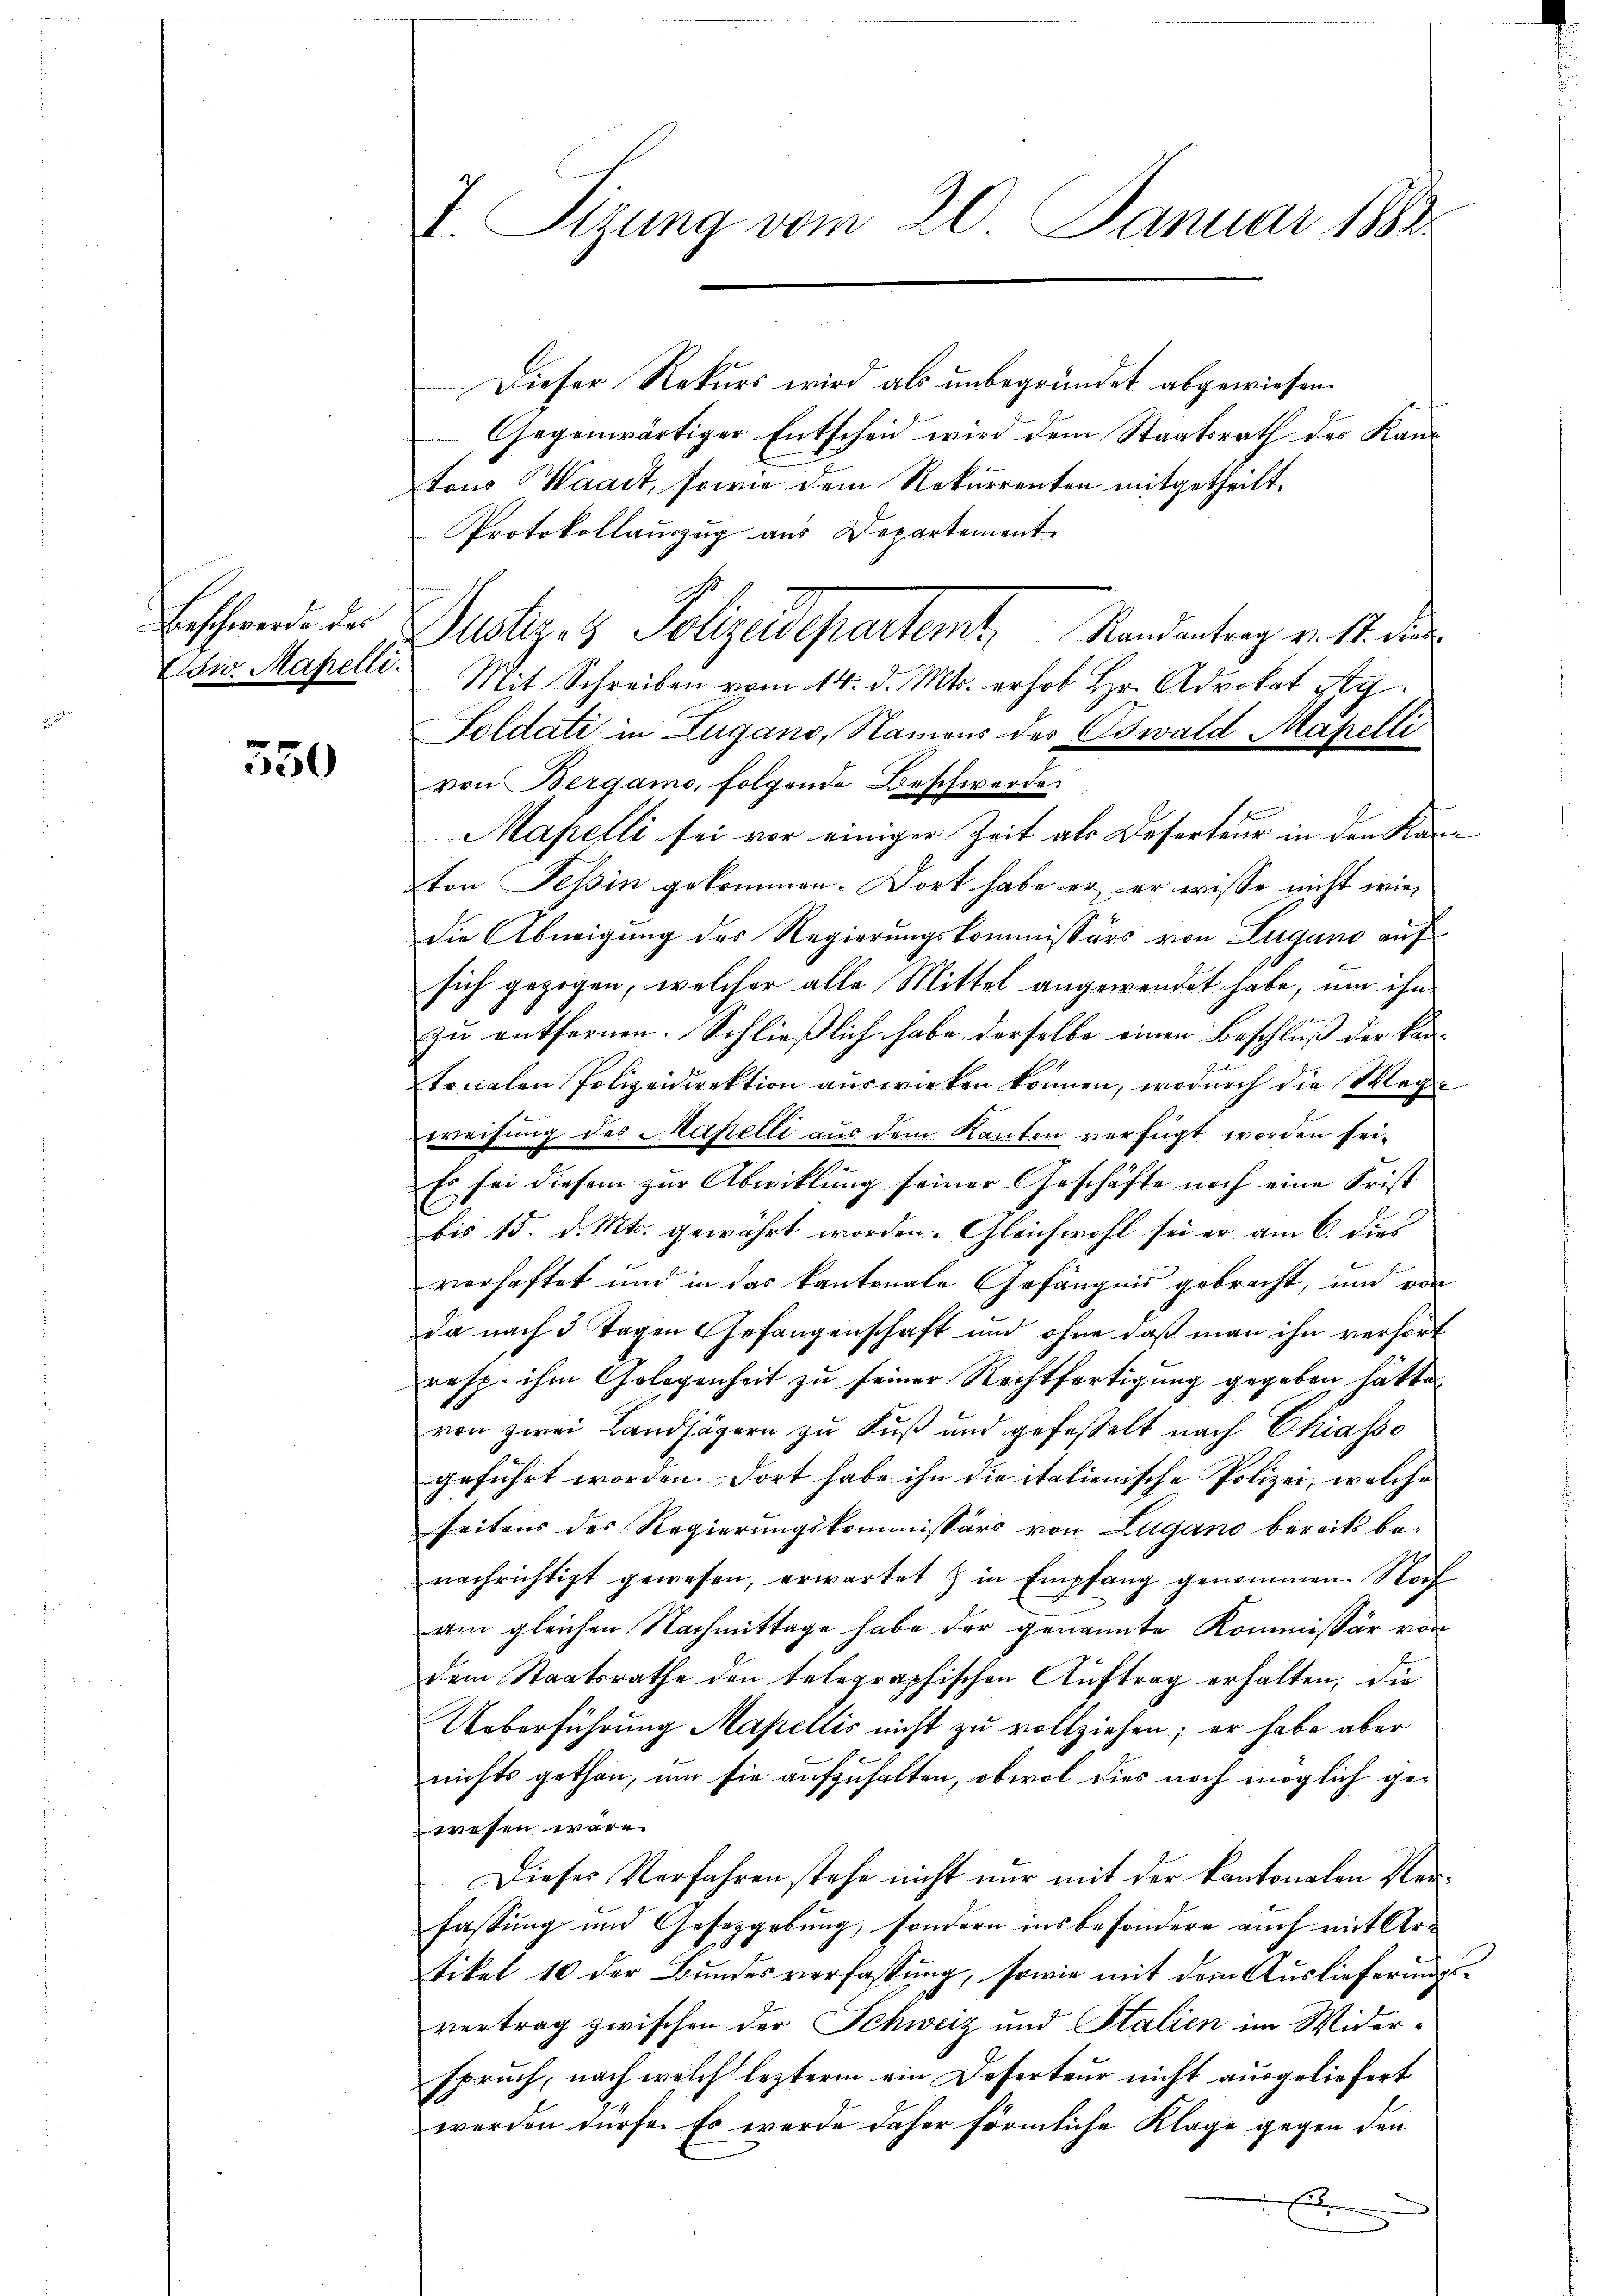
Beschwerden der
Ew. Mapelli.

550

I. Seizung vom 20. Januar 1888.

Dieser Rekurs wird als unbegründet abgewiesen.
Gegenwärtiger Entscheid wird dem Staatsrath des Kantons Waadt, sowie dem Rekurrenten mitgetheilt.
Protokollauszug aus Departement
Mit Schreiben vom 14. d. Mts. erhob Hr. Advokat Sig
Toldati in Zugano, Namens des Oswald Mapelli
von Bergamo, folgende Beschwerde.
Mapelli sei vor einiger Zeit als Deserteur in den Kanton Tessin gekommen. Dort habe er er wisse nicht wiedie Abneigung des Regierungskommissärs von Zugano auf
sich gezogen, welcher alle Mittel angewendet habe, um ihn
zu entfernen. Schließlich habe derselbe einen Beschluss der kan- |
tonalen Polizeidirektion auswirken können, wodurch die Wege
weisung des Mapelli aus dem Kanton verfügt worden sei¬
Es sei diesem zur Abwicklung seiner Geschäfte noch eine Frist
bis 15. d. Mts. gewährt worden. Gleichwohl sei er am 6. dies
verhaftet und in das kantonale Gefängnis gebracht, und von
da nach 3 Tagen Gefangenschaft und ohne daß man ihn verhört
resp. ihm Gelegenheit zu seiner Rechtfertigung gegeben hätte.
von zwei Landjägern zu Fuß und gefasselt nach Chiasso
geführt worden. Dort habe ihn die italienische Polizei, welche
seitens des Regierungskommissärs von Lugano bereits be-
nachrichtigt gewesen, erwartet & in Empfang genommen. Noch
am gleichen Nachmittage habe der genannte Kommissär von
dem Staatsrathe den telegraphischen Auftrag erhalten, die
Ueberführung Mapellis nicht zu vollziehen; er habe aber
nichts gethan, um sie aufzuhalten, obwol dies noch möglich gewesen wäre.
Dieses Verfahren stehe nicht nur mit der Kantonalen Verfassung und Gesetzgebung, sondern insbesondere auch mit Artikel 10 der Bundesverfassung, sowie mit dem Auslieferungsvertrag zwischen der Schweiz und Stalien im Widerspruch, nach welch lezterm ein Deserteur nicht ausgeliefert
werden dürfe. Es wurde daher förmliche Klage gegen den
2

Justiz- & Polizadepartemt. Kandentrag voll des